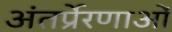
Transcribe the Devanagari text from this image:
अंतर्प्रेरणाओं